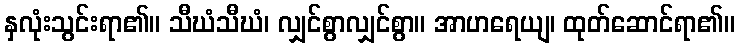
နှလုံးသွင်းရာ၏။ သီဃံသီဃံ၊ လျှင်စွာလျှင်စွာ။ အာဟရေယျ၊ ထုတ်ဆောင်ရာ၏။